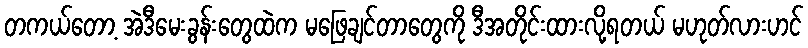
တကယ်တော့ အဲဒီမေးခွန်းတွေထဲက မဖြေချင်တာတွေကို ဒီအတိုင်းထားလို့ရတယ် မဟုတ်လားဟင်